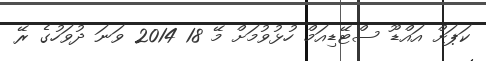
ކަޕަށް އައްޑޫ ސްޓޭޑިއަމް ހުޅުވުމަށް މޭ 18 2014 ވަނަ ދުވަހުގެ ރޭ